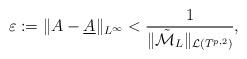
LaTeX: \begin{align*}\varepsilon:=\|A-\underline{A}\|_{L^\infty}<\frac{1}{\|\tilde{\mathcal{M}}_{L}\|_{\mathcal{L}(T^{p,2})}},\end{align*}